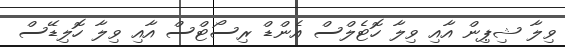
ވިލާ ޝިޕިން އާއި ވިލާ ހޮޓެލްސް އެންޑް ރިސޯޓްސް އާއި ވިލާ ހޮލިޑޭސް